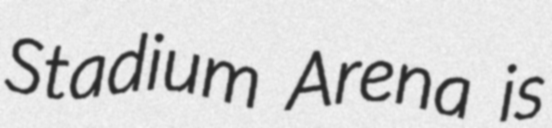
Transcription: Stadium Arena is